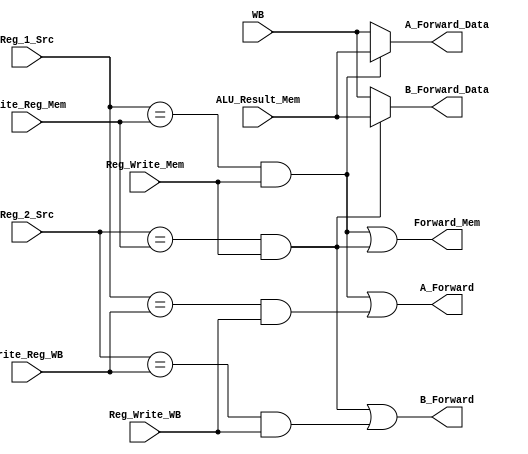
/********************************************************************************************************
/		MODULE: Forward_Logic
/		PURPOSE: Given the state of register reads and writes determine if any data needs to be forwarded
/			FORWARD WHEN: Doesn't matter if a register/immediate operation, execute will use right one no matter what
/				One of the source registers matches the write register in the Memory Stage
/					Only if Reg_Write is true
/				One of the source registers matches the write register in the Writeback Stage
/					Only if Reg_Write is true
/				Memory stage should take priority b/c if the previous instruction (the one in Memory) had to have
/					forwarding it will be the most update value
/				*Forward to decode for branch logic when the source register matches the register in Memory, avoids a two cycle stall
/					Should only do it when instruction is writing to register and it is not a memory read
/
/		INPUTS: 
/				*Reg_Src_Dec [2:0] - Register to be used in a branch instruction
/				Reg_1_Src [2:0] - Data being used in Execute Stage
/				Reg_2_Src [2:0] - Date that mgiht be used in Execute Stage (Could be immediate instruciton, don't care)
/				Write_Reg_Mem [2:0] - Register to be written to, if it writes
/				Write_Reg_WB [2:0] - Register to be written to, if it writes
/				Reg_Write_Mem - Whether instruction in Memory stage is writing back to register file
/				Reg_Write_WB - Whether instruciton in  Writeback stage is writing back to register file
/				ALU_Result_Mem [15:0] - Data to write from Memory stage, only valid data in that stage
/				WB [15:0] - Data to write from Writeback stage, preselected
/				*PC_Code [1:0] - Type of Program counter being preformed, looking for 10, or branch instruction
/					00 - Standard Operation
/					01 - Jump (Rs + Immediate)
/					10 - Branch (PC + 2 + Immediate)
/					11 - Jump (PC + 2 + Immediate)
/
/		OUTPUTS: 
/				A_Forward - To forward or not
/				B_Forward - To forward or not
/				Forward_Mem - For stall logic, whether there is forwarding from memory or not
/				A_Forward_Data [15:0] - Data to use instead
/				B_Forward_Data [15:0] - Data to use instead
/				*Branch_Forward_Exe - Need to stall for Branch, data needed is in execute currently
/				*Branch_Forward_Mem - For stall logic, whethere there is fowarding from memory to decode or not
/				*Branch_Data [15:0] - Data for decode stage
/
/		INTERNAL:
/				A_Forward_Mem - Forward to A from Memory
/				B_Forward_Mem - Forward to B from Memory
/				A_Forward_WB - Forward to A from Writeback
/				B_Forward_WB - Forward to B from Writeback
********************************************************************************************************/
module Forward_Logic(Reg_1_Src, Reg_2_Src, Write_Reg_Mem, Write_Reg_WB, Reg_Write_Mem, Reg_Write_WB, ALU_Result_Mem, WB, A_Forward, B_Forward, Forward_Mem, A_Forward_Data, B_Forward_Data);
	
	input [2:0] 	Reg_1_Src;
	input [2:0] 	Reg_2_Src;
	
	input [2:0] 	Write_Reg_Mem;
	input [2:0] 	Write_Reg_WB;
	
	input 			Reg_Write_Mem;
	input 			Reg_Write_WB;
	
	input [15:0] 	ALU_Result_Mem;
	input [15:0] 	WB;
	
	output 			A_Forward;
	output 			B_Forward;
	output			Forward_Mem;
	
	output [15:0] 	A_Forward_Data;
	output [15:0] 	B_Forward_Data;	
	
	//output 			Branch_Forward_Exe;
	//output 			Branch_Forward_Mem;
	//output [15:0]	Branch_Data;

	wire A_Forward_Mem;
	wire B_Forward_Mem;
	
	wire A_Forward_WB;
	wire B_Forward_WB;
	
	assign Forward_Mem = A_Forward_Mem | B_Forward_Mem;
	
	//assign Branch_Forward_Exe = 
	//assign Branch_Forward_Mem = 
	
	assign A_Forward_Mem = (Reg_1_Src == Write_Reg_Mem) & Reg_Write_Mem;
	assign B_Forward_Mem = (Reg_2_Src == Write_Reg_Mem) & Reg_Write_Mem;
	
	assign A_Forward_WB = (Reg_1_Src == Write_Reg_WB) & Reg_Write_WB;
	assign B_Forward_WB = (Reg_2_Src == Write_Reg_WB) & Reg_Write_WB;
	
	assign A_Forward = A_Forward_Mem | A_Forward_WB; //If either is writing back then ...
	assign B_Forward = B_Forward_Mem | B_Forward_WB; //If either is writing back then ...
	
	assign A_Forward_Data = A_Forward_Mem ? ALU_Result_Mem : WB; //If instruction is using data from load use WB data else Writing back from Memory use ALU_Result_Mem else use WB
	assign B_Forward_Data = B_Forward_Mem ? ALU_Result_Mem : WB; //If Writing back from Memory use ALU_Result_Mem else use WB
	
endmodule

//Should be good 3/24